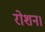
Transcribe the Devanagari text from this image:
रोशन।